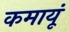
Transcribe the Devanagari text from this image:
कमायूं